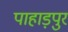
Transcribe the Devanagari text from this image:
पाहाड़पुर